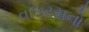
વાઇરસનો